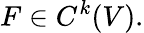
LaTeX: F\in C^{k}(V).